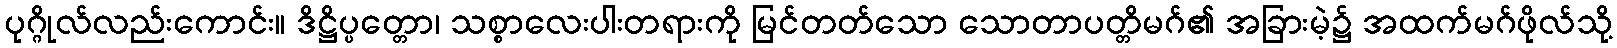
ပုဂ္ဂိုလ်လည်းကောင်း။ ဒိဋ္ဌိပ္ပတ္တော၊ သစ္စာလေးပါးတရားကို မြင်တတ်သော သောတာပတ္တိမဂ်၏ အခြားမဲ့၌ အထက်မဂ်ဖိုလ်သို့